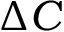
\Delta C